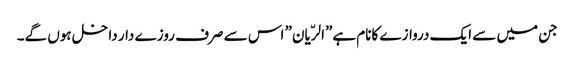
جن میں سے ایک دروازے کانام ہے”الرّیان” اس سے صرف روزے دار داخل ہوں گے۔